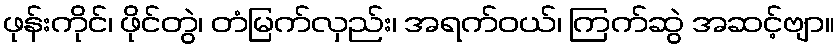
ဖုန်းကိုင်၊ ဖိုင်တွဲ၊ တံမြက်လှည်း၊ အရက်ဝယ်၊ ကြက်ဆွဲ အဆင့်ဗျာ။